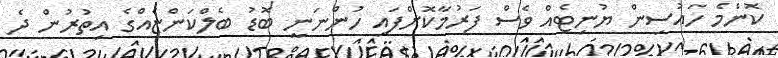
ކޮންމެ ހައުސިން ޔުނިޓެއް ވެސް ފަރުމާކޮށްފައި ހުންނަނީ ބޮޑު ބެލްކަންޏެއްގެ އިތުރުން ދެ